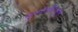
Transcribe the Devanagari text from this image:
मूलपेशींपासून